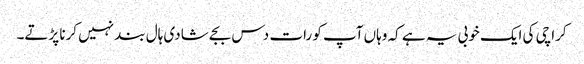
کراچی کی ایک خوبی یہ ہے کہ وہاں آپ کو رات دس بجے شادی ہال بند نہیں کرنا پڑتے۔